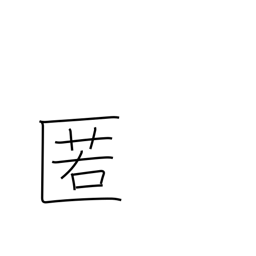
Meaning: shelter